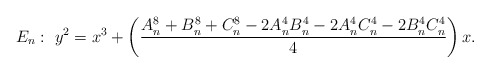
\begin{align*}E_n:\ y^2=x^3+\left(\frac{A_n^8+B_n^8+C_n^8-2A_n^4B_n^4-2A_n^4C_n^4-2B_n^4C_n^4}{4}\right)x.\end{align*}